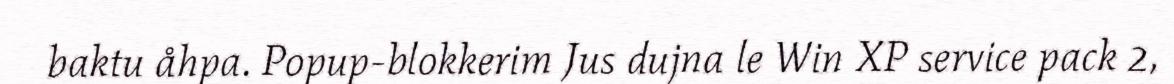
baktu åhpa. Popup-blokkerim Jus dujna le Win XP service pack 2,